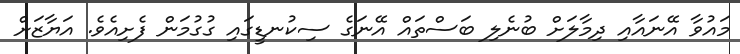
މައުވާ އޭނައާއި ދިމާލަށް ބުނެލި ބަސްތައް އޭނަގެ ސިކުނޑީގައި ގުގުމަން ފެށިއެވެ. އަޔާޒަށް